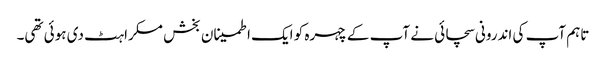
تاہم آپ کی اندرونی سچائی نے آپ کے چہرہ کو ایک اطمینان بخش مسکراہٹ دی ہوئی تھی۔